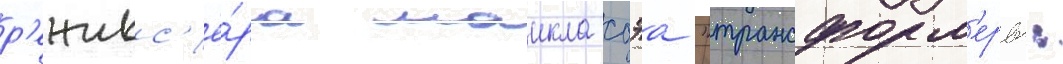
р'ежисс'ё́ра маикла бэа "трансформ'еры: